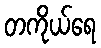
တကိုယ်ရေ